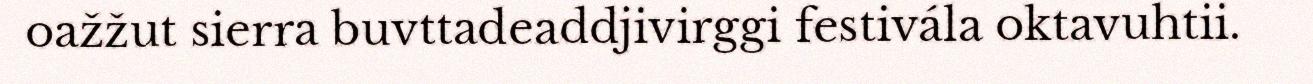
oažžut sierra buvttadeaddjivirggi festivála oktavuhtii.